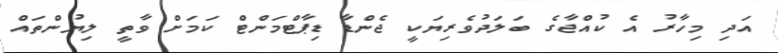
އަދި މިހާރު އެ ކުއްޖާގެ ބަލަދުވެރިޔަކީ ޖެންޑާ ޑިޕާޓްމަންޓް ކަމަށް ވާތީ ލިޔުންތައް